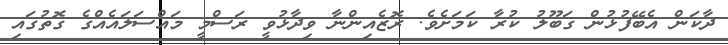
ދާކަން އެބޭފުޅުން ގަބޫލު ކުރާ ކަމަށެވެ. ރޮޒެއިންނާ ވިދާޅުވީ ރަސްމީ މައްސަލައެއްގެ ގޮތުގައި